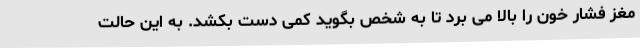
مغز فشار خون را بالا می برد تا به شخص بگوید کمی دست بکشد. به این حالت